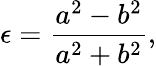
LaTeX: \epsilon=\frac{a^{2}-b^{2}}{a^{2}+b^{2}},